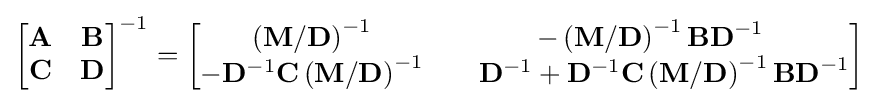
{\begin{bmatrix}\mathbf {A} &\mathbf {B} \\\mathbf {C} &\mathbf {D} \end{bmatrix}}^{-1}={\begin{bmatrix}\left(\mathbf {M} /\mathbf {D} \right)^{-1}&-\left(\mathbf {M} /\mathbf {D} \right)^{-1}\mathbf {BD} ^{-1}\\-\mathbf {D} ^{-1}\mathbf {C} \left(\mathbf {M} /\mathbf {D} \right)^{-1}&\quad \mathbf {D} ^{-1}+\mathbf {D} ^{-1}\mathbf {C} \left(\mathbf {M} /\mathbf {D} \right)^{-1}\mathbf {BD} ^{-1}\end{bmatrix}}